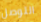
التوصل